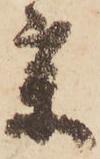
薬